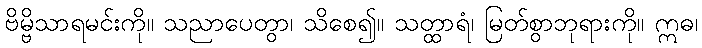
ဗိမ္ဗိသာရမင်းကို။ သညာပေတွာ၊ သိစေ၍။ သတ္ထာရံ၊ မြတ်စွာဘုရားကို။ ဣဓ၊